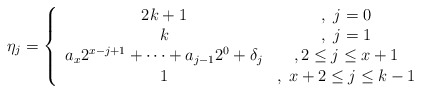
\begin{align*}\eta_j = \left\lbrace \begin{array}{cc}2k + 1 &, \;j=0 \\k &, \;j=1 \\a_{x} 2^{x-j+1} + \cdots + a_{j-1} 2^0 + \delta_j &, 2\leq j\leq x+1\\1 &, \;x+2\leq j\leq k-1\end{array}\right.\end{align*}